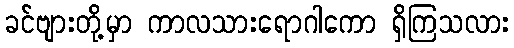
ခင်ဗျားတို့မှာ ကာလသားရောဂါကော ရှိကြသလား